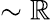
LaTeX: \sim\mathbb{R}